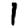
Digit: 1